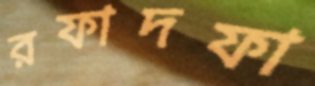
রফাদফা